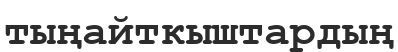
тыңайткыштардың